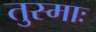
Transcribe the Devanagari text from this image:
तुस्माः